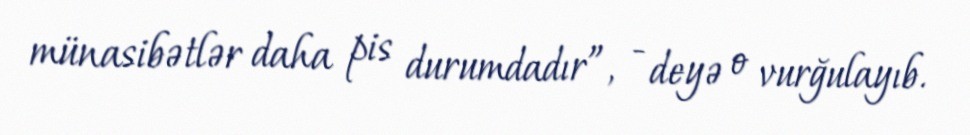
münasibətlər daha pis durumdadır”, - deyə o vurğulayıb.